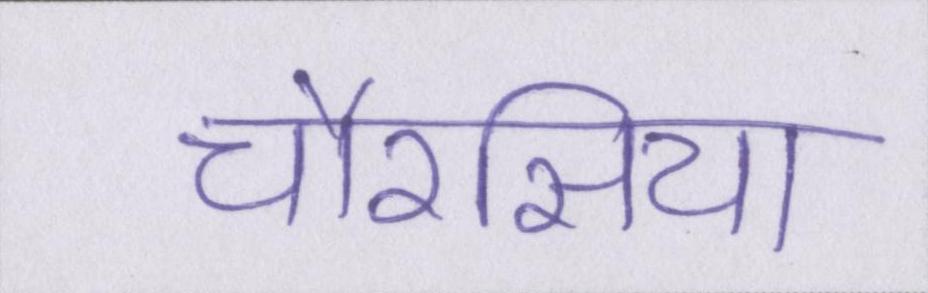
चौरसिया